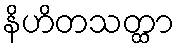
နိဟိတသတ္ထာ